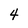
Character: 4